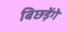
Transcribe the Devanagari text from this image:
बिछड़ेंगे